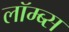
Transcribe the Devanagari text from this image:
लॉम्ब्स